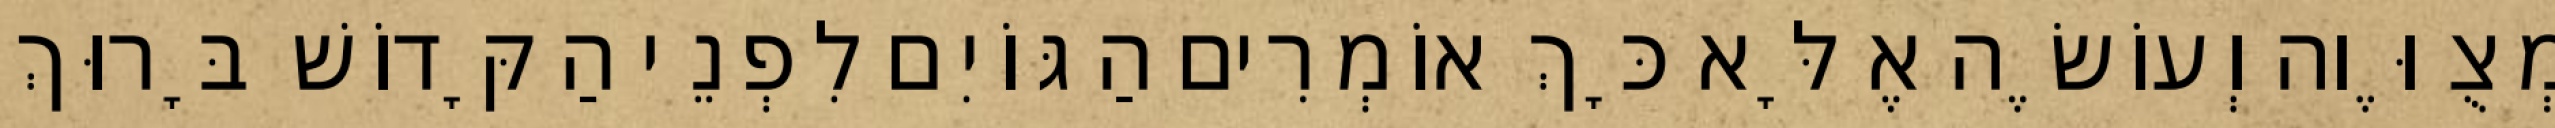
מְצֻוֶּוה וְעוֹשֶׂה אֶלָּא כָּךְ אוֹמְרִים הַגּוֹיִם לִפְנֵי הַקָּדוֹשׁ בָּרוּךְ